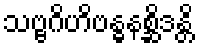
သဗ္ဗဂိဟိဗန္ဓနစ္ဆိဒန္တိ